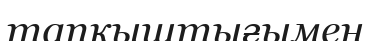
тапқыштығымен